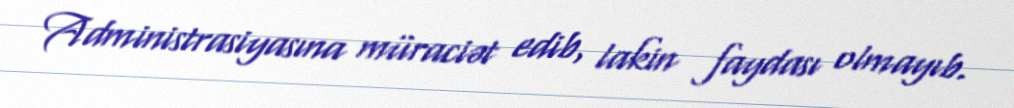
Administrasiyasına müraciət edib, lakin faydası olmayıb.